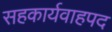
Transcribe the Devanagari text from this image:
सहकार्यवाहपद